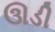
ઊડી